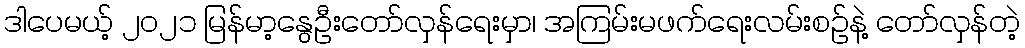
ဒါပေမယ့် ၂၀၂၁ မြန်မာ့နွေဦးတော်လှန်ရေးမှာ၊ အကြမ်းမဖက်ရေးလမ်းစဉ်နဲ့ တော်လှန်တဲ့